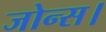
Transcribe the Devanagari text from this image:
जोन्स।